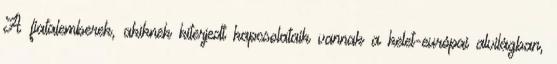
A fiatalemberek, akiknek kiterjedt kapcsolataik vannak a kelet-európai alvilágban,